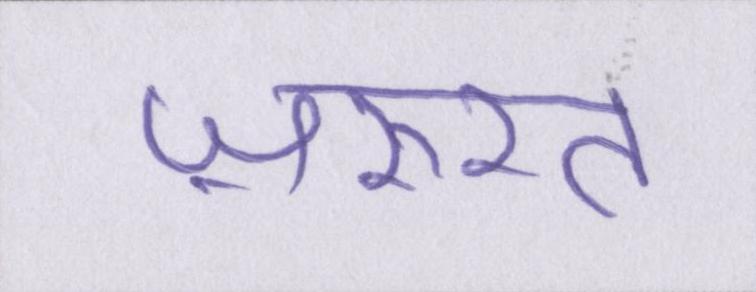
ज़रुरत